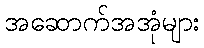
အဆောက်အအုံများ